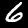
Label: 6